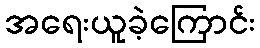
အရေးယူခဲ့ကြောင်း